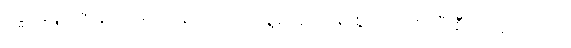
ဗုဒ္ဓနေ့ပူဇော်ပွဲအခမ်းအနားကို ယနေ့အောင်မြင်စွာ ကျင်းပပြီးစီးနိုင်ခဲ့ပါတယ်။